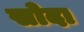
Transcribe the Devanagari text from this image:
सोदा